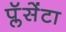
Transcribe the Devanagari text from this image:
प्लॅसेंटा